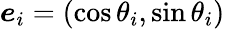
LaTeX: \boldsymbol{e}_{i}=(\cos\theta_{i},\sin\theta_{i})